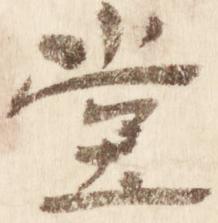
堂